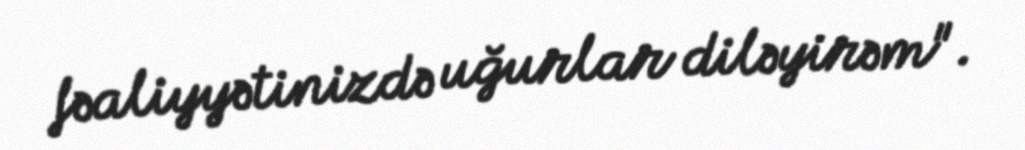
fəaliyyətinizdə uğurlar diləyirəm".